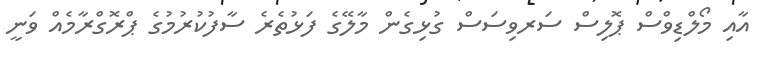
އާއި މޯލްޑިވްސް ޕޮލިސް ސަރވިސަސް ގުޅިގެން މާލޭގެ ފަޅުތެރެ ސާފުކުރުމުގެ ޕްރޮގްރާމެއް ވަނީ